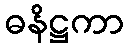
ဓနိဋ္ဌကာ